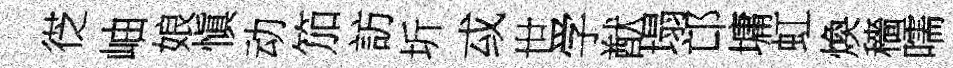
徔岫娘愼动笳訪圻㦯世学猷塌邙墉虹煥穡嚅